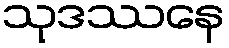
သုဒဿနေ